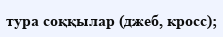
тура соққылар (джеб, кросс);